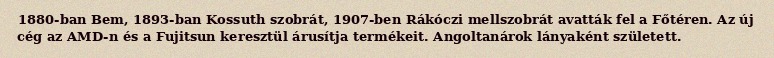
1880-ban Bem, 1893-ban Kossuth szobrát, 1907-ben Rákóczi mellszobrát avatták fel a Főtéren. Az új cég az AMD-n és a Fujitsun keresztül árusítja termékeit. Angoltanárok lányaként született.